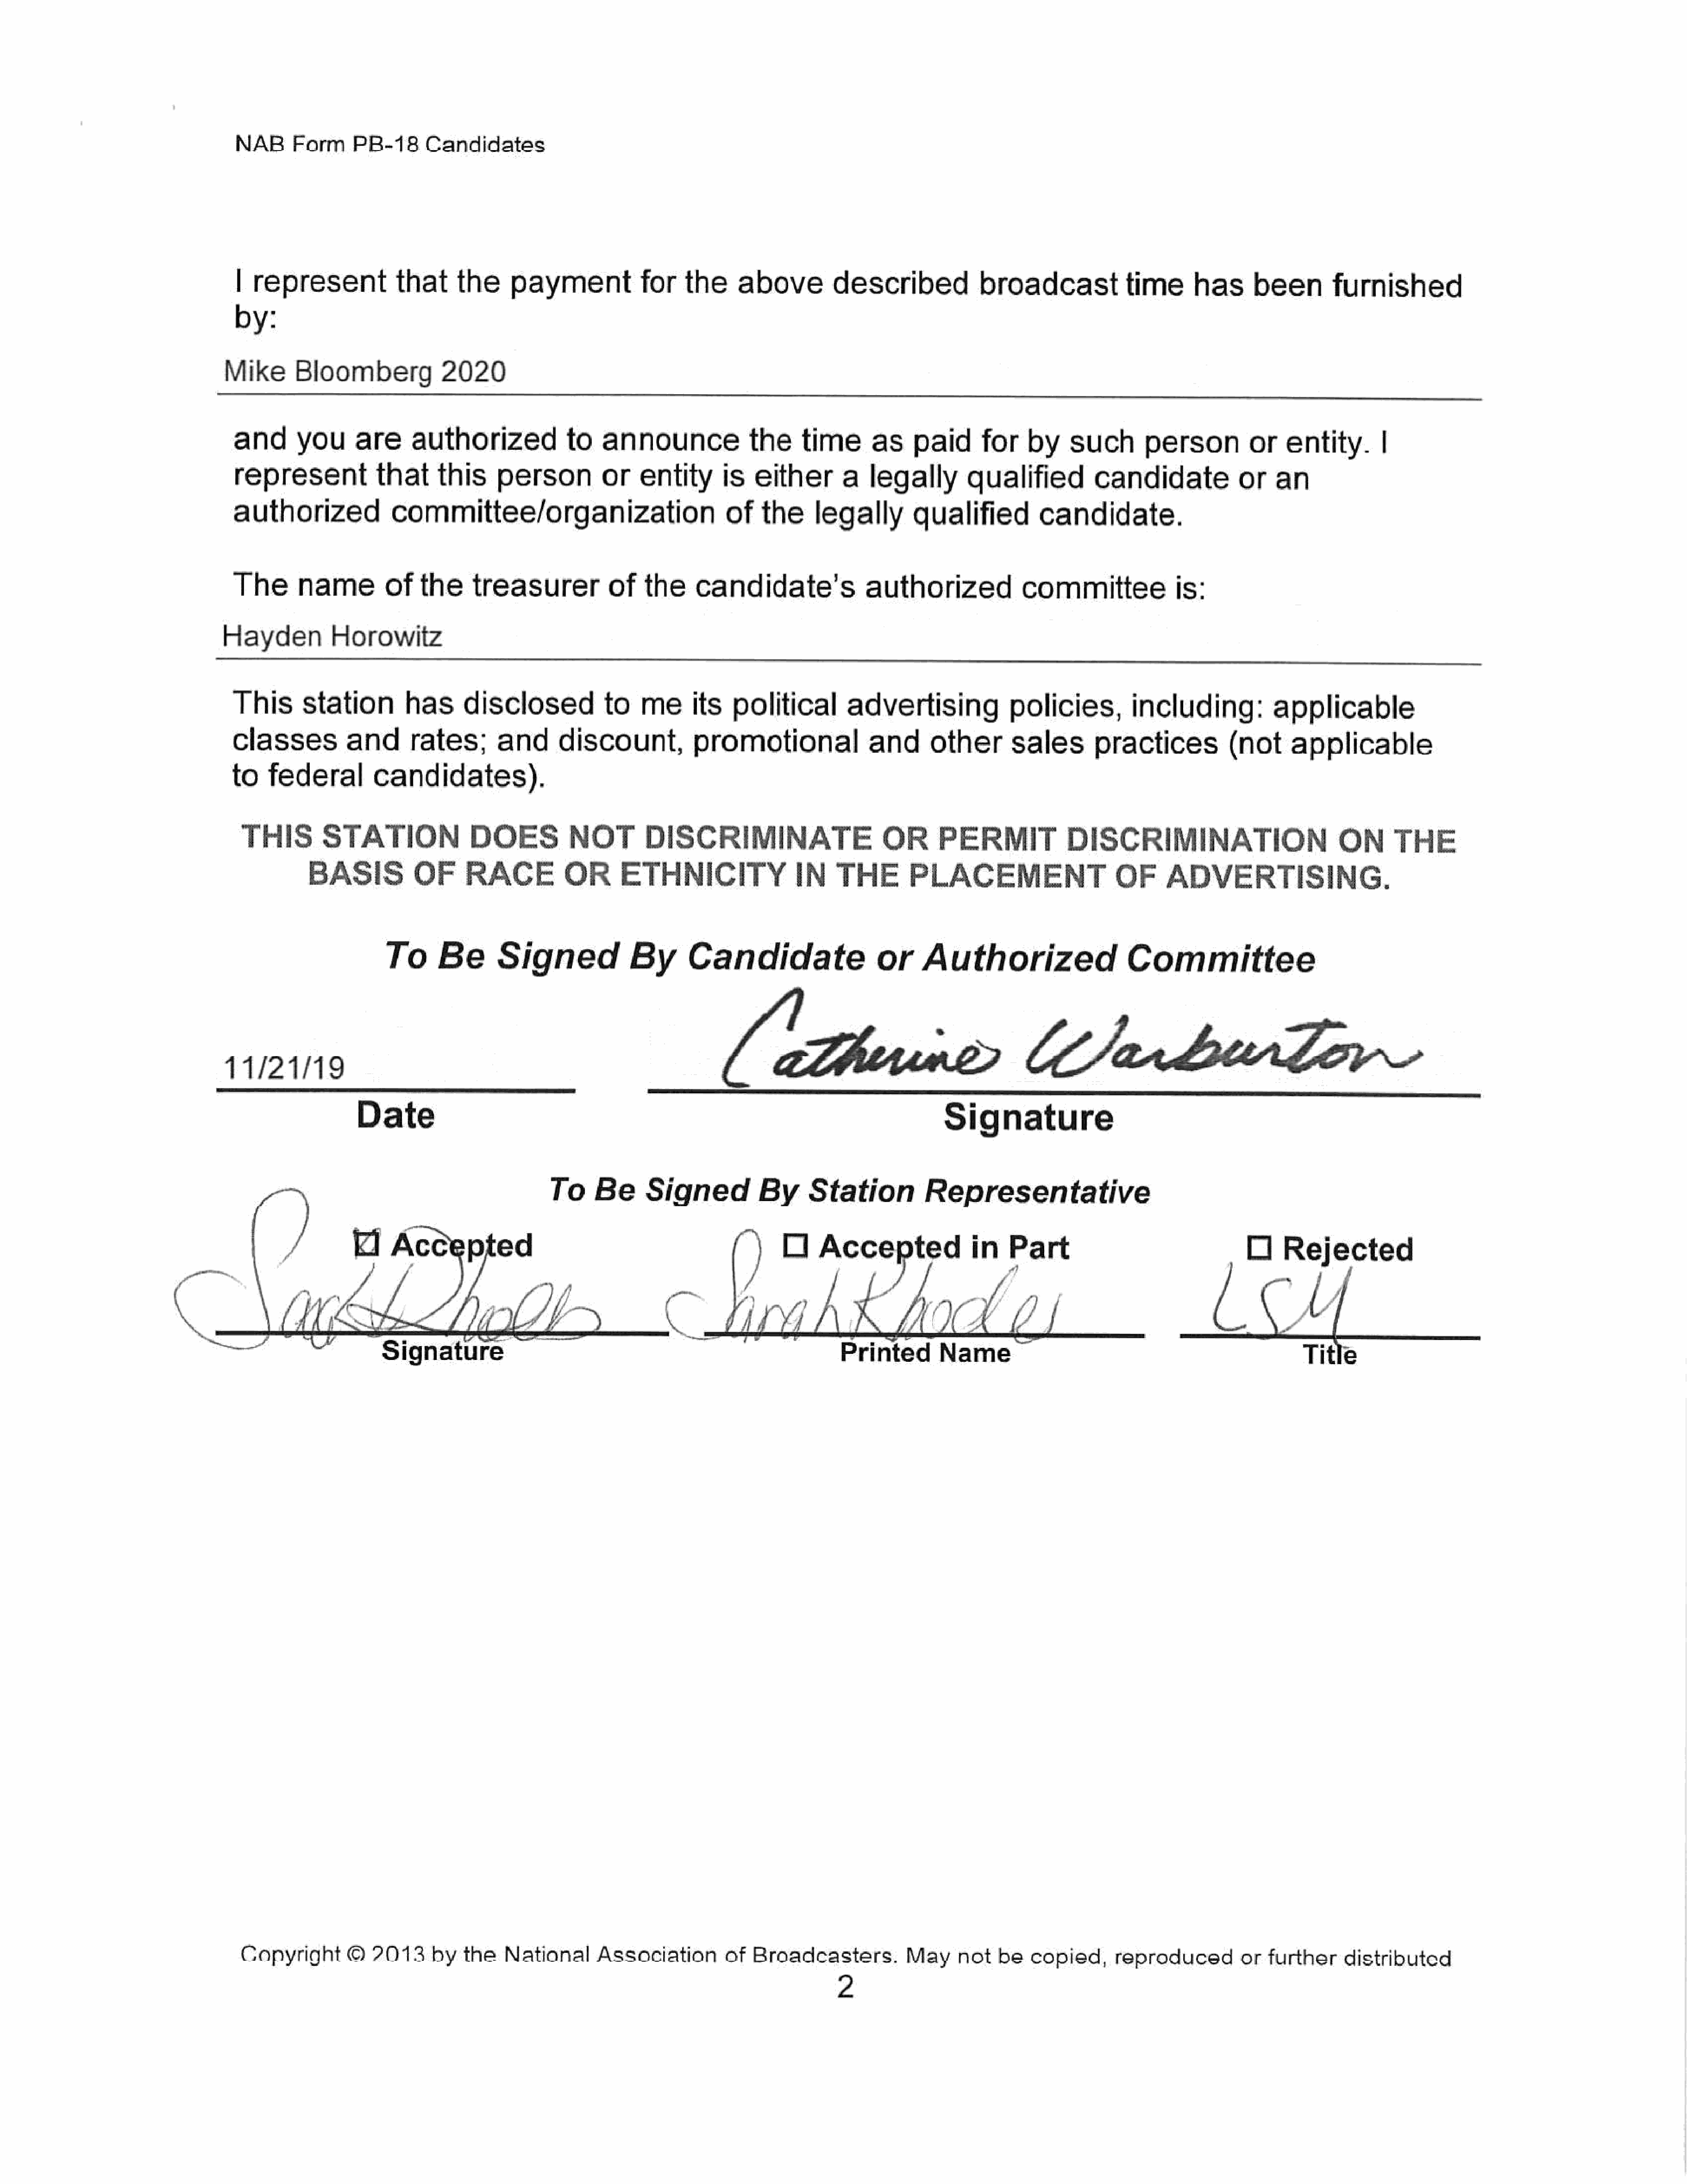
NAB     Form     PB-18     Candidates
 | represent            that    the     paymentfor               the     above        described            broadcast            time      has     been       furnished
 by:
 Mike      Bloomberg            2020
 and       you     are     authorized            to   announcethe                  time      as    paid     for    by    such       personorentity.|
 represent           that     this    personor          entity        is   either      a   legally       qualified         candidate            or   an
 authorized             committee/organization                          of   the     legally       qualified         candidate.
 The       nameofthe                treasurer          of   the    candidate’s              authorized            committeeis:
 Hayden          Horowitz
 This      station        has     disclosed           to    meits        political       advertising            policies,         including:          applicable
 classes          and      rates;      and      discount,          promotional              and      othersales              practices          (not     applicable
 to   federal        candidates).
 THIS        STATION              DOES           NOT       DISCRIMINATE                      OR      PERMIT             DISCRIMINATION                        ON      THE
 BASIS          OF      RACE          OR      ETHNICITY                IN    THE       PLACEMENT                     OF     ADVERTISING.
 To      Be      Signed             By      Candidate                  or     Authorized                   Committee
 11/21/19                                                               Fuss                                        eCabulor
 Date                                                                                Signature
 T o   Be     Signed          By      Station         Representative
 Oo   Accepted              in   Part                              O     Rejected
 ,          by                  /)
 Printed       Name                                                Title
 Copyright       ©  2013     by  the   National     Association        of  Broadcasters.         May    not   be  copied,     reproducedorfurther              distributed
 2